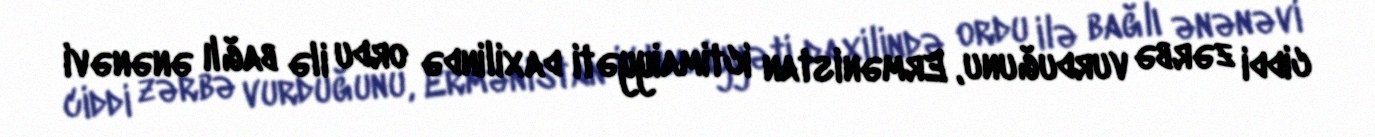
ciddi zərbə vurduğunu, Ermənistan ictimaiyyəti daxilində ordu ilə bağlı ənənəvi